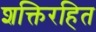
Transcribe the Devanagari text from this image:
शक्तिरहित